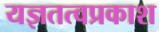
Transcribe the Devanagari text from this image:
यज्ञतत्वप्रकाश